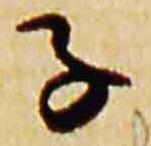
子